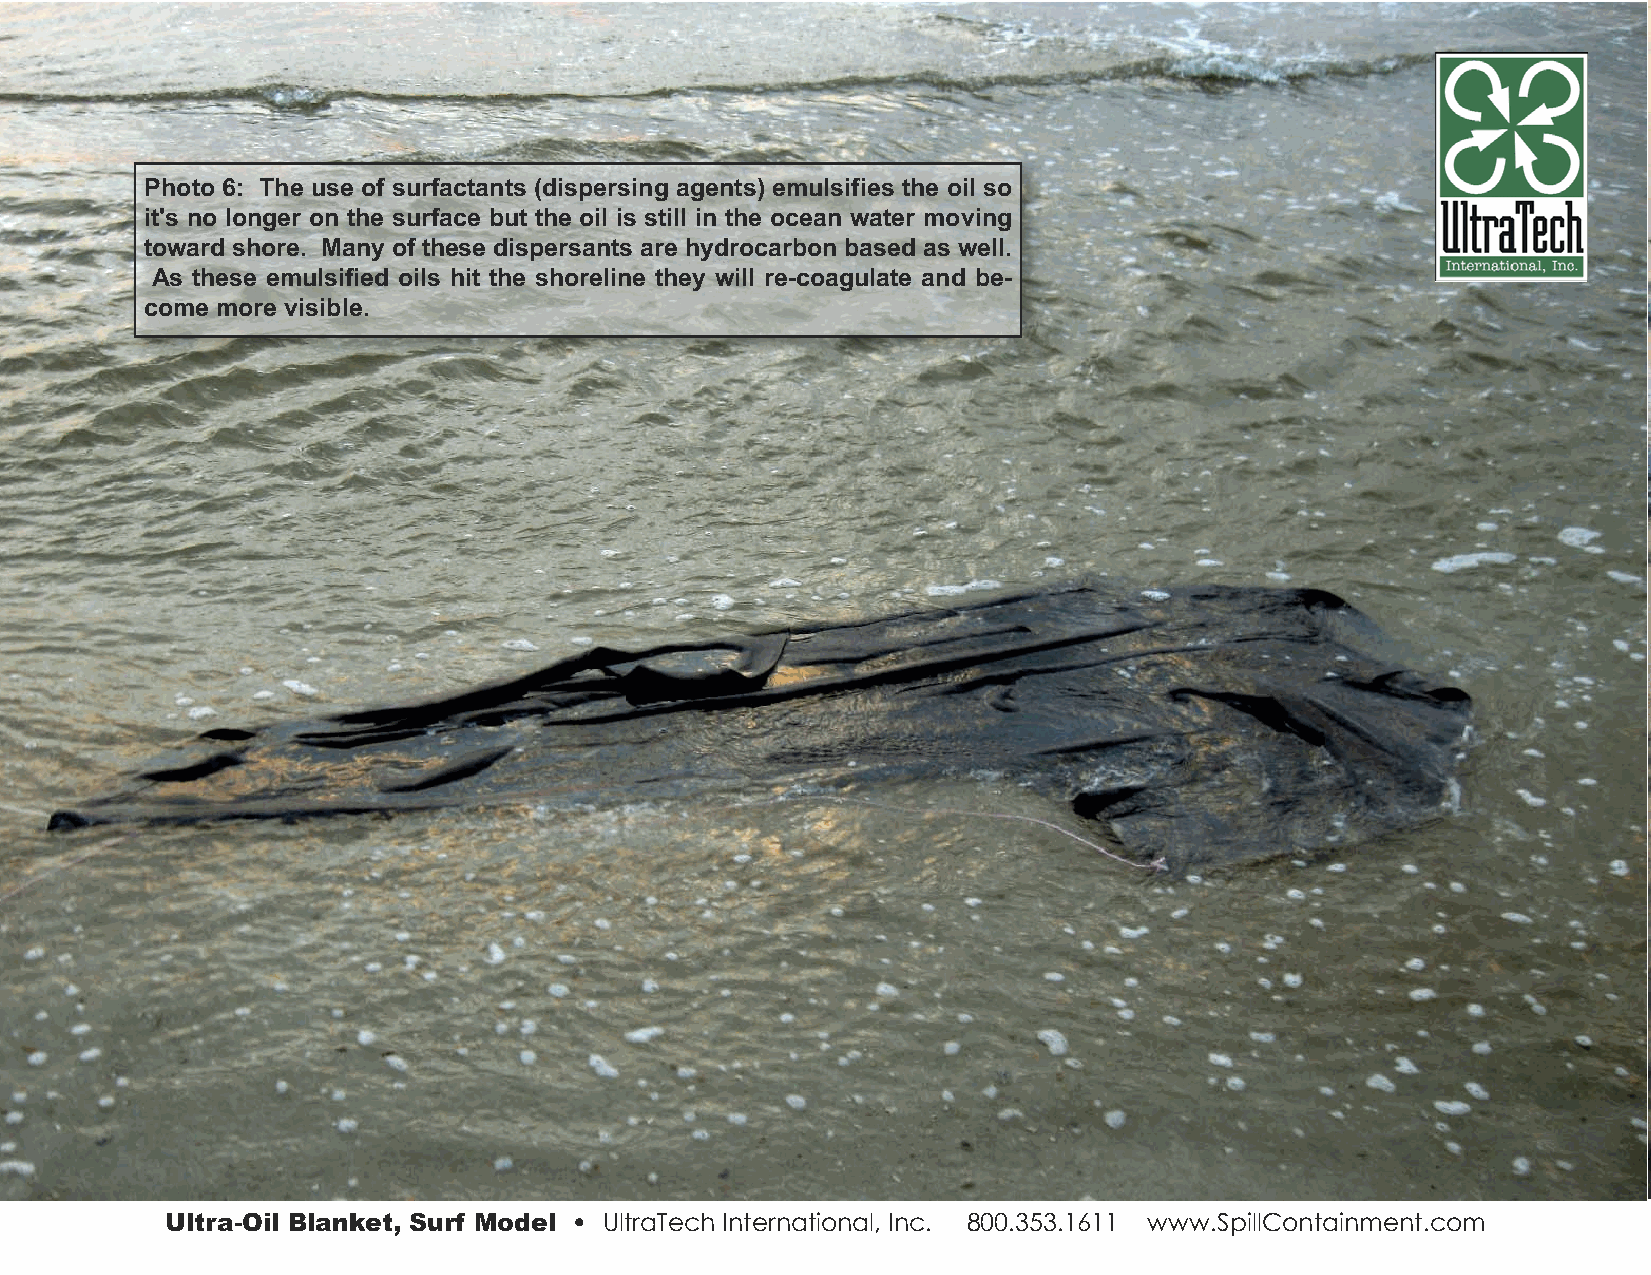
Photo 6: The use of surfactants (dispersing agents) emulsifies the oil so
 it's no longer on the surface but the oil is still in the ocean water moving
 toward shore. Many of these dispersants are hydrocarbon based as well.
 As these emulsified oils hit the shoreline they will re-coagulate and be-
 come more visible.
 Ultra-Oil Blanket, Surf Model • UltraTech International, Inc. 800.353.1611 www.SpillContainment.com